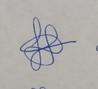
Signature authenticity: genuine